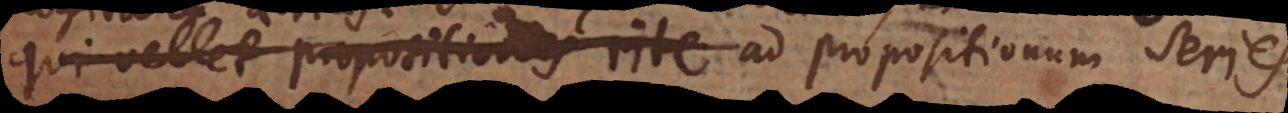
qui vellet propositiones rite ad propositionum series